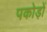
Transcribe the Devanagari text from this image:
पकोड़ों